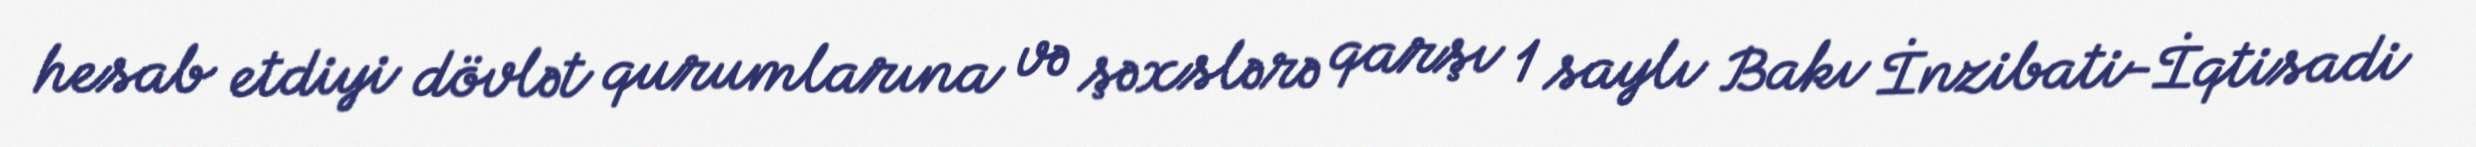
hesab etdiyi dövlət qurumlarına və şəxslərə qarşı 1 saylı Bakı İnzibati-İqtisadi